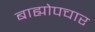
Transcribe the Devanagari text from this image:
बाह्योपचार